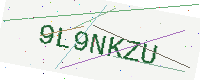
Text: 9L9NKZU